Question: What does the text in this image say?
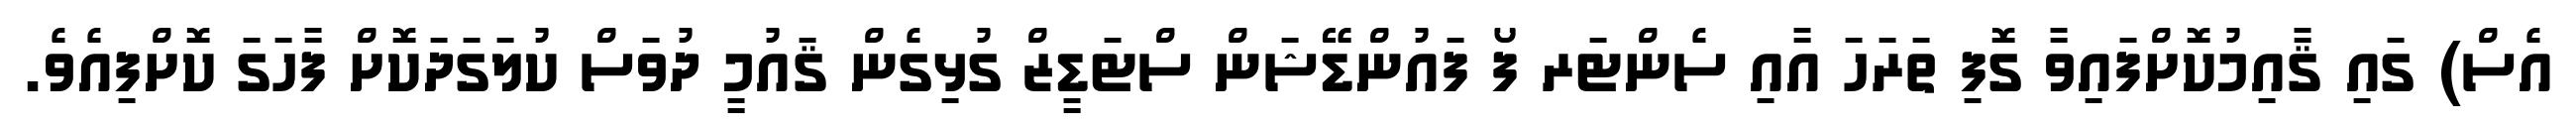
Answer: އެސް) ގައި ޤާއިމުކޮށްފައިވާ ގޮފި ތަރަހަ އާއި ސެންޓަރ ފޯ ފައުންޑޭޝަން ސްޓަޑީޒް ގުޅިގެން ޤައުމީ ދުވަސް ކުލަގަދަކޮށް ފާހަގަ ކޮށްފިއެވެ.